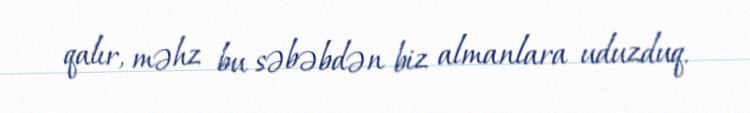
qalır, məhz bu səbəbdən biz almanlara uduzduq.